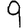
Digit: 9